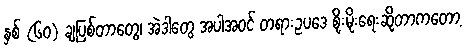
နှစ် (၆၀) ချပြစ်တာတွေ၊ အဲဒါတွေ အပါအဝင် တရားဥပဒေ စိုးမိုးရေးဆိုတာကတော့